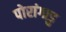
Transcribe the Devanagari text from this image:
पोरांगाडु